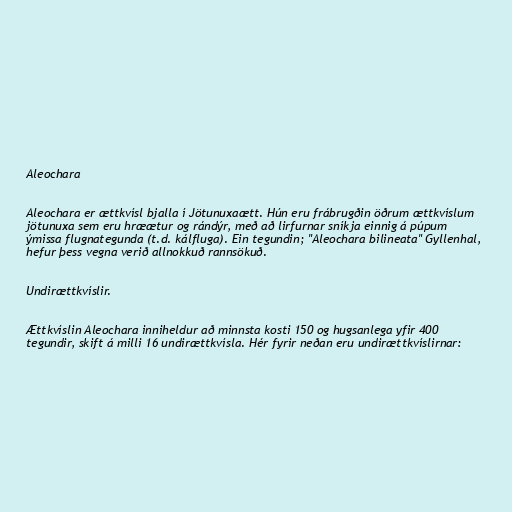
Aleochara

Aleochara er ættkvísl bjalla í Jötunuxaætt. Hún eru frábrugðin öðrum ættkvíslum
jötunuxa sem eru hræætur og rándýr, með að lirfurnar sníkja einnig á púpum
ýmissa flugnategunda (t.d. kálfluga). Ein tegundin; "Aleochara bilineata" Gyllenhal,
hefur þess vegna verið allnokkuð rannsökuð.

Undirættkvíslir.

Ættkvíslin Aleochara inniheldur að minnsta kosti 150 og hugsanlega yfir 400
tegundir, skift á milli 16 undirættkvísla. Hér fyrir neðan eru undirættkvíslirnar: